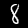
Digit: 8